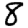
Digit: 8